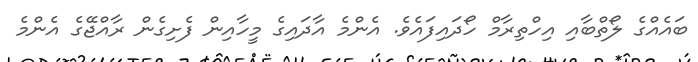
ބައެއްގެ ލޯތްބާއި އިހްތިރާމް ހޯދައިފައެވެ. އެންމެ އާދައިގެ މީހާއިން ފެށިގެން ރާއްޖޭގެ އެންމެ